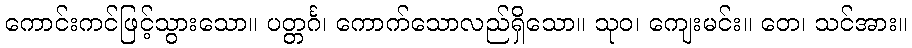
ကောင်းကင်ဖြင့်သွားသော။ ပတ္တင်္ဂ၊ ကောက်သောလည်ရှိသော။ သုဝ၊ ကျေးမင်း။ တေ၊ သင်အား။